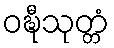
ဝဍ္ဎီသုတ္တံ